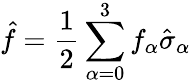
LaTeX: \hat{f}=\frac{1}{2}\sum_{\alpha=0}^{3}f_{\alpha}\hat{\sigma}_{\alpha}